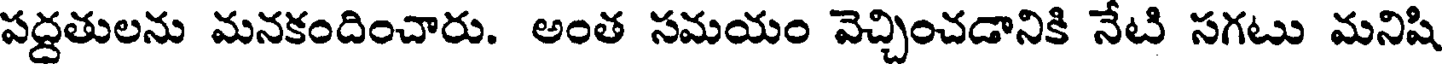
పద్దతులను మనకందించారు. అంత సమయం వెచ్చించడానికి నేటి సగటు మనిషి